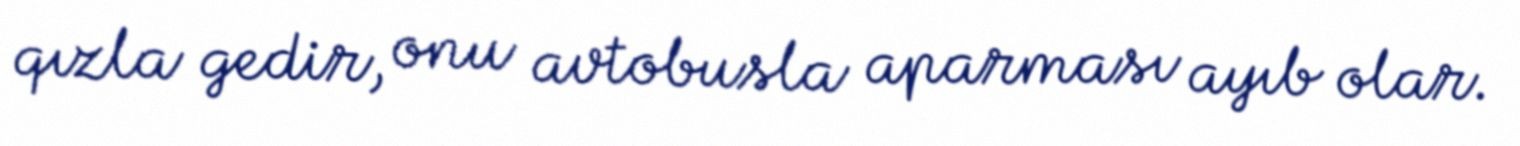
qızla gedir, onu avtobusla aparması ayıb olar.